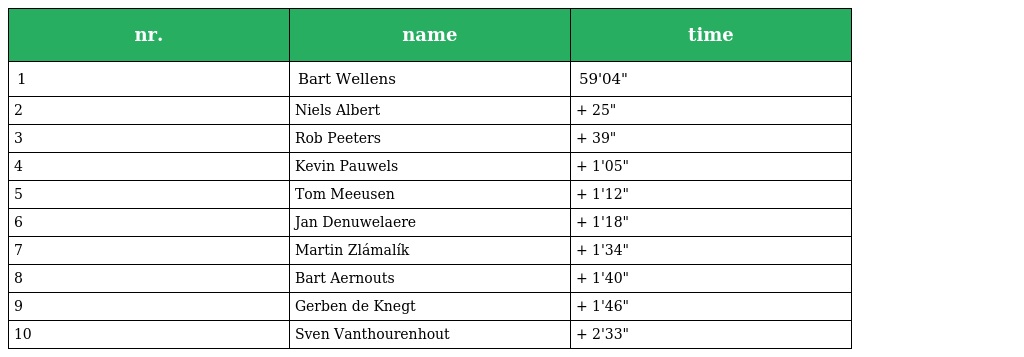
| nr. | name | time |
 | --- | --- | --- |
 | 1 | Bart Wellens | 59'04" |
 | 2 | Niels Albert | + 25" |
 | 3 | Rob Peeters | + 39" |
 | 4 | Kevin Pauwels | + 1'05" |
 | 5 | Tom Meeusen | + 1'12" |
 | 6 | Jan Denuwelaere | + 1'18" |
 | 7 | Martin Zlámalík | + 1'34" |
 | 8 | Bart Aernouts | + 1'40" |
 | 9 | Gerben de Knegt | + 1'46" |
 | 10 | Sven Vanthourenhout | + 2'33" |